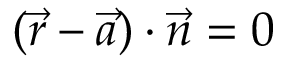
( { \vec { r } } - { \vec { a } } ) \cdot { \vec { n } } = 0